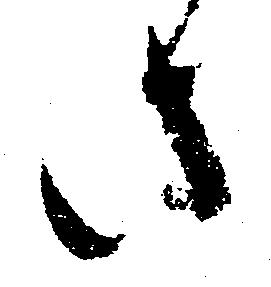
さ